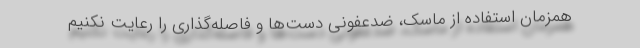
همزمان استفاده از ماسک، ضدعفونی دست‌ها و فاصله‌گذاری را رعایت نکنیم